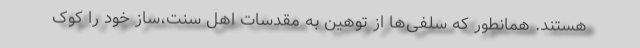
هستند. همانطور که سلفی‌ها از توهین به مقدسات اهل سنت،ساز خود را کوک